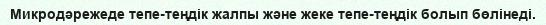
Микродәрежеде тепе-теңдік жалпы және жеке тепе-теңдік болып бөлінеді.